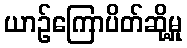
ယာဉ်ကြောပိတ်ဆို့မှု